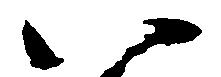
い